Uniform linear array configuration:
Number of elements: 8
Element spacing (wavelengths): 0.75
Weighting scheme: exponential
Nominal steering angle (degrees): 60
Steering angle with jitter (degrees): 59.625
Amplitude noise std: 0.05
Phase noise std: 0.05

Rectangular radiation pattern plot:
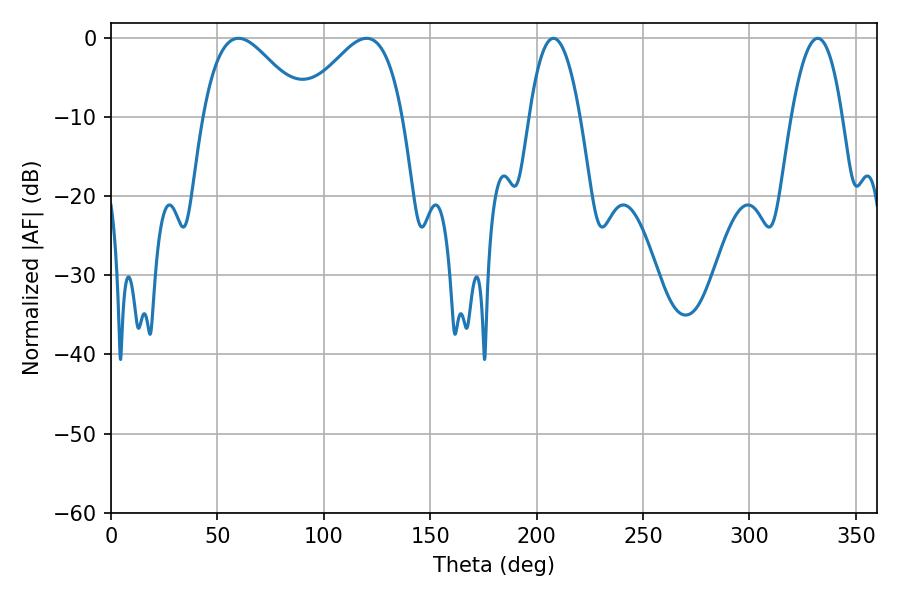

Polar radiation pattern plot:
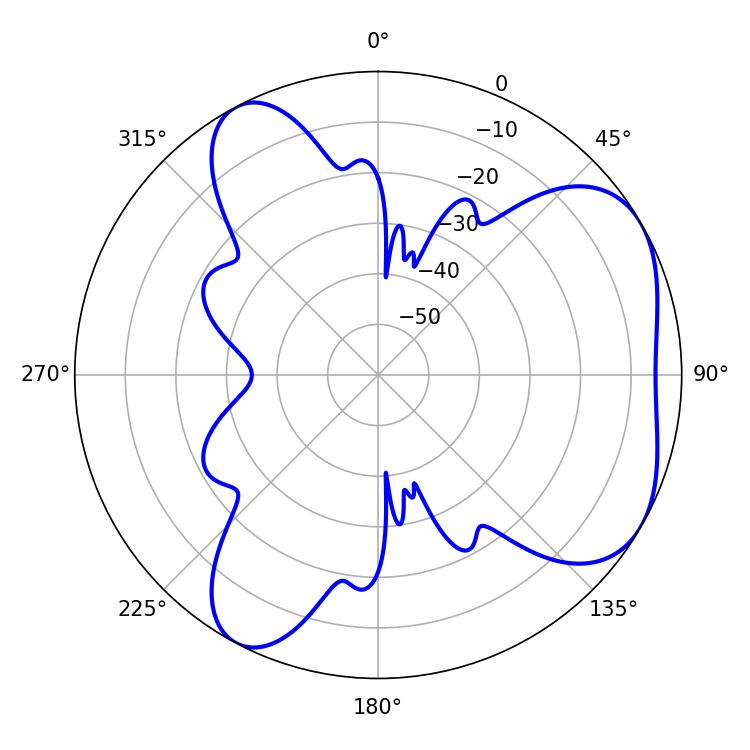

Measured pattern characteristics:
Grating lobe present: TRUE
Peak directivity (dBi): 5.036
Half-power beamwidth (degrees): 13.32
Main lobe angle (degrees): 207.9